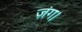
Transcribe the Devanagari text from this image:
ज़ंग।